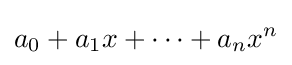
a_{0}+a_{1}x+\cdots +a_{n}x^{n}